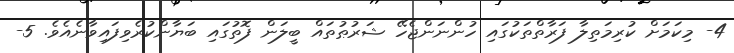
4- މިކަމަށް ކުރިމަތިލާ ފަރާތްތަކުގައި ހުންނަންޖެހޭ ޝަރުޠުތައް ބީލަން ފޮތުގައި ބަޔާންކުރެވިފައިވާނެއެވެ. 5-